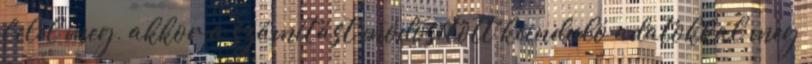
felel meg, akkor a számítást módosított kiinduló adatokkal meg